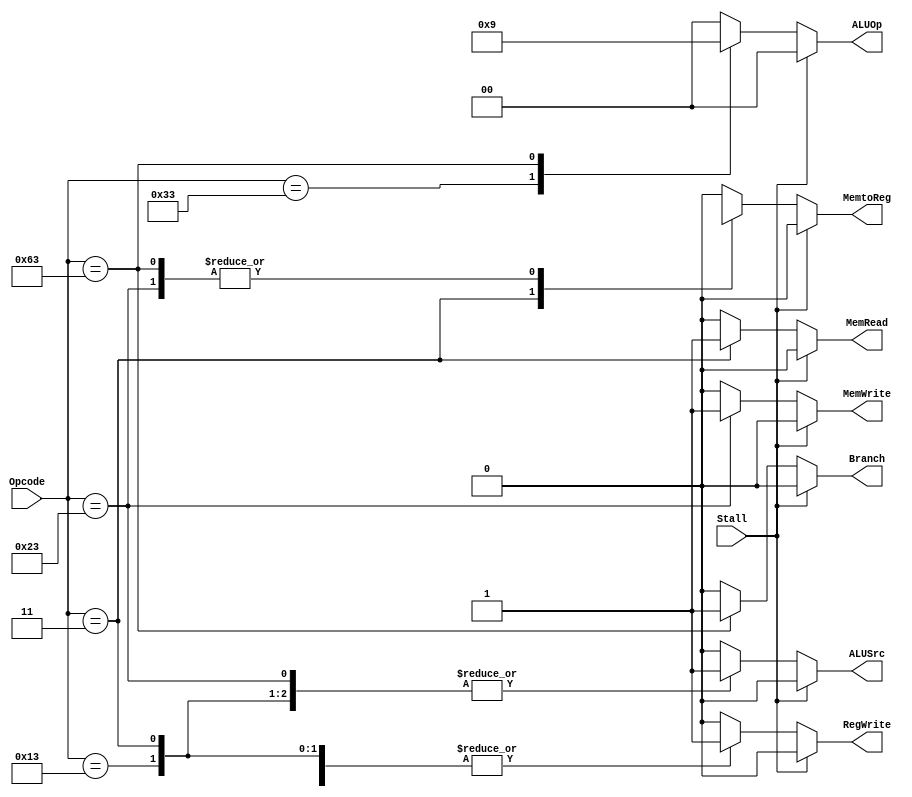
`timescale 1ns / 1ps

module Control_Unit(
    input [6:0] Opcode,
    input Stall,
    output reg ALUSrc, MemtoReg, RegWrite, MemRead, MemWrite, Branch, 
    output reg [1:0] ALUOp
    );
always @(*) begin
    case (Opcode)
        7'b0110011 : begin                                       //R-type
            ALUSrc <= 0;
            MemtoReg <= 0;
            RegWrite <= 1;
            MemRead <= 0;
            MemWrite <= 0;
            Branch <= 0;
            ALUOp <= 2'b10;
        end
        7'b0000011 : begin                                       //I-type (ld)
            ALUSrc <= 1;
            MemtoReg <= 1;
            RegWrite <= 1;
            MemRead <= 1;
            MemWrite <= 0;
            Branch <= 0;
            ALUOp <= 2'b00;
        end
        7'b0010011 : begin                                       //addi
            ALUSrc <= 1;
            MemtoReg <= 0;
            RegWrite <= 1;
            MemRead <= 0;
            MemWrite <= 0;
            Branch <= 0;
            ALUOp <= 2'b00;
        end
        7'b0100011 : begin                                       //S-type
            ALUSrc <= 1;
            MemtoReg <= 1'bX;
            RegWrite <= 0;
            MemRead <= 0;
            MemWrite <= 1;
            Branch <= 0;
            ALUOp <= 2'b00;
        end
        7'b1100011 : begin                                       //SB-type
            ALUSrc <= 0;
            MemtoReg <= 1'bX;
            RegWrite <= 0;
            MemRead <= 0;
            MemWrite <= 0;
            Branch <= 1;
            ALUOp <= 2'b01;
        end
        default : begin                                       //default
            ALUSrc <= 0;
            MemtoReg <= 0;
            RegWrite <= 0;
            MemRead <= 0;
            MemWrite <= 0;
            Branch <= 0;
            ALUOp <= 2'b00;
        end
    endcase
    
    if (Stall) begin                                    //don't repeat the instruction!!!
        ALUSrc <= 0;
        MemtoReg <= 0;
        RegWrite <= 0;
        MemRead <= 0;
        MemWrite <= 0;
        Branch <= 0;
        ALUOp <= 2'b00;
    end
end
endmodule